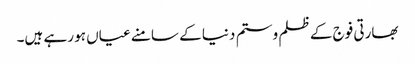
بھارتی فوج کے ظلم و ستم دنیا کے سامنے عیاں ہو رہے ہیں۔